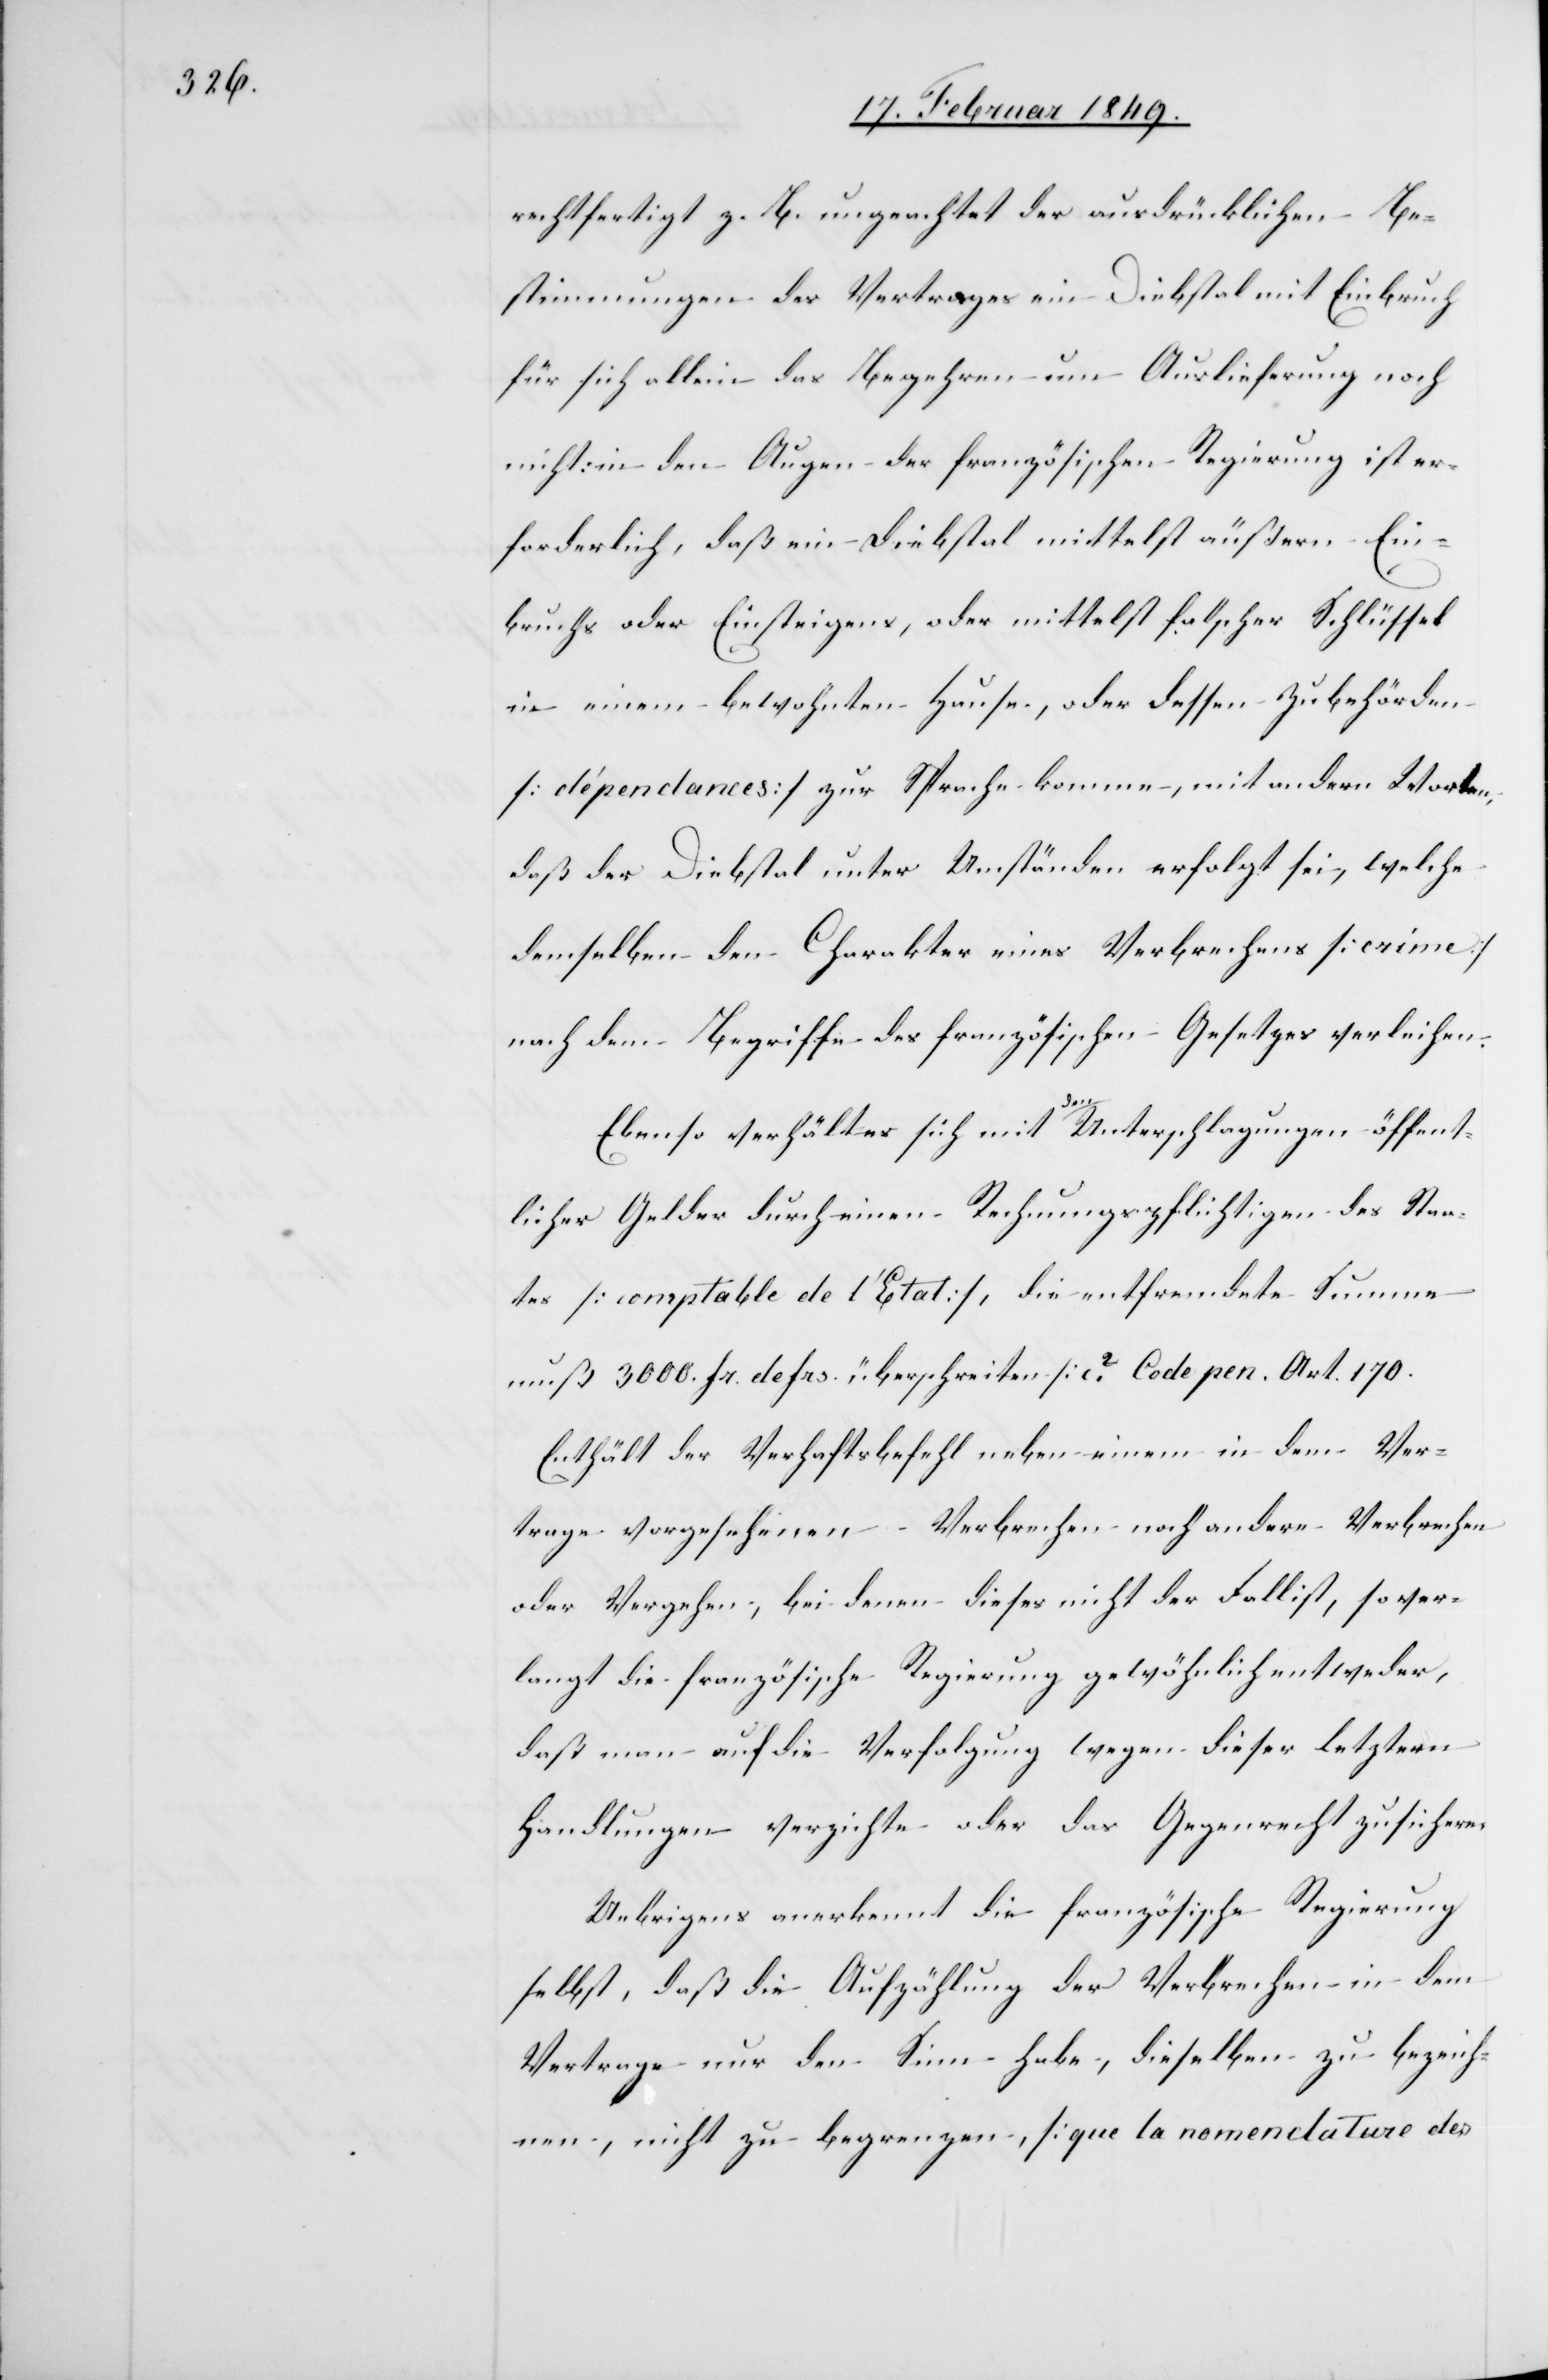
rechtfertigt z. B. ungeachtet der ausdrücklichen Be¬
stimmungen des Vertrages ein Diebstal mit Einbruch
für sich allein das Begehren um Auslieferung noch
nicht: in den Augen der französischen Regierung ist er¬
forderlich, daß ein Diebstal mittelst äußern Ein¬
bruchs oder Einsteigens, oder mittelst falscher Schlüssel
in einem bewohnten Hause, oder dessen Zubehörden
[dépendances] zur Sprache komme, mit andern Worten,
daß der Diebstal unter Umständen erfolgt sei, welche
demselben den Charakter eines Verbrechens [crime]
nach dem Begriffe des französischen Gesetzes verleihen.
Ebenso verhält es sich mit den Unterschlagungen öffent¬
licher Gelder durch einen Rechnungspflichtigen des Staa¬
tes [comptable de l’Etat], die entfremdete Summe
muß 3000. fr. defrs. überschreiten [c2. Code pen. Art. 170[]].
Enthält der Verhaftsbefehl neben einem in dem Ver¬
trage vorgesehenen Verbrechen noch andere Verbrechen
oder Vergehen, bei denen dieses nicht der Fall ist, so ver¬
langt die französische Regierung gewöhnlich entweder,
daß man auf die Verfolgung wegen dieser letztern
Handlungen verzichte oder das Gegenrecht zusichere.
Uebrigens anerkennt die französische Regierung
selbst, daß die Aufzählung der Verbrechen in dem
Vertrage nur den Sinn habe, dieselben zu bezeich¬
nen, nicht zu begrenzen, [que la nomenclature des